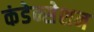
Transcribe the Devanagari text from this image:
कंडेन्सेशन